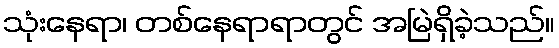
သုံးနေရာ၊ တစ်နေရာရာတွင် အမြဲရှိခဲ့သည်။